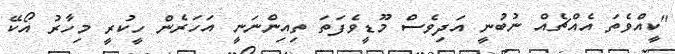
"ކީއްވެތަ އެއްޗެއް ނުބުނީ އަދިވެސް މޫޑީވެފަތަ ތިއިންނަނީ އަހަރެން ހީކުރީ މިހާރު އޯކޭ